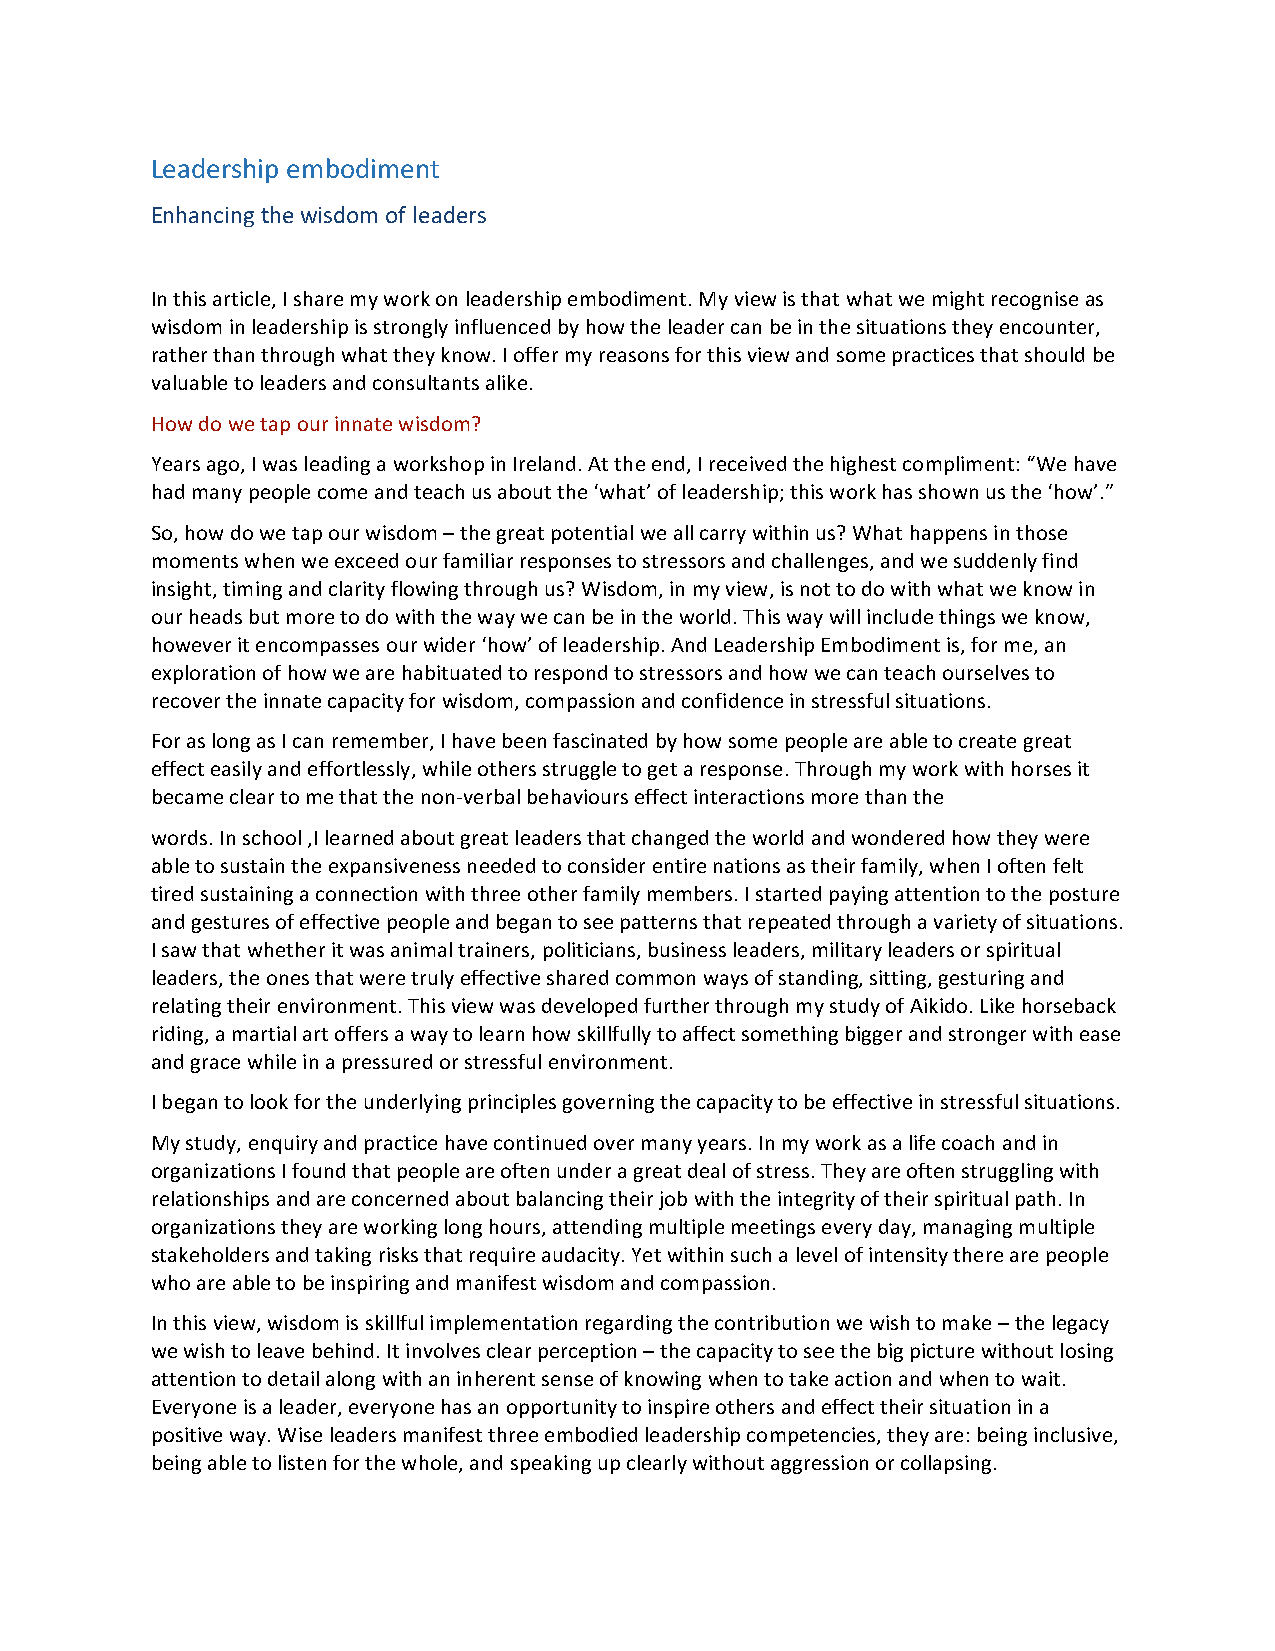
Leadership embodiment
 Enhancing the wisdom of leaders
 In this article, I share my work on leadership embodiment. My view is that what we might recognise as
 wisdom in leadership is strongly influenced by how the leader can be in the situations they encounter,
 rather than through what they know. I offer my reasons for this view and some practices that should be
 valuable to leaders and consultants alike.
 How do we tap our innate wisdom?
 Years ago, I was leading a workshop in Ireland. At the end, I received the highest compliment: “We have
 had many people come and teach us about the ‘what’ of leadership; this work has shown us the ‘how’.”
 So, how do we tap our wisdom – the great potential we all carry within us? What happens in those
 moments when we exceed our familiar responses to stressors and challenges, and we suddenly find
 insight, timing and clarity flowing through us? Wisdom, in my view, is not to do with what we know in
 our heads but more to do with the way we can be in the world. This way will include things we know,
 however it encompasses our wider ‘how’ of leadership. And Leadership Embodiment is, for me, an
 exploration of how we are habituated to respond to stressors and how we can teach ourselves to
 recover the innate capacity for wisdom, compassion and confidence in stressful situations.
 For as long as I can remember, I have been fascinated by how some people are able to create great
 effect easily and effortlessly, while others struggle to get a response. Through my work with horses it
 became clear to me that the non-verbal behaviours effect interactions more than the
 words. In school ,I learned about great leaders that changed the world and wondered how they were
 able to sustain the expansiveness needed to consider entire nations as their family, when I often felt
 tired sustaining a connection with three other family members. I started paying attention to the posture
 and gestures of effective people and began to see patterns that repeated through a variety of situations.
 I saw that whether it was animal trainers, politicians, business leaders, military leaders or spiritual
 leaders, the ones that were truly effective shared common ways of standing, sitting, gesturing and
 relating their environment. This view was developed further through my study of Aikido. Like horseback
 riding, a martial art offers a way to learn how skillfully to affect something bigger and stronger with ease
 and grace while in a pressured or stressful environment.
 I began to look for the underlying principles governing the capacity to be effective in stressful situations.
 My study, enquiry and practice have continued over many years. In my work as a life coach and in
 organizations I found that people are often under a great deal of stress. They are often struggling with
 relationships and are concerned about balancing their job with the integrity of their spiritual path. In
 organizations they are working long hours, attending multiple meetings every day, managing multiple
 stakeholders and taking risks that require audacity. Yet within such a level of intensity there are people
 who are able to be inspiring and manifest wisdom and compassion.
 In this view, wisdom is skillful implementation regarding the contribution we wish to make – the legacy
 we wish to leave behind. It involves clear perception – the capacity to see the big picture without losing
 attention to detail along with an inherent sense of knowing when to take action and when to wait.
 Everyone is a leader, everyone has an opportunity to inspire others and effect their situation in a
 positive way. Wise leaders manifest three embodied leadership competencies, they are: being inclusive,
 being able to listen for the whole, and speaking up clearly without aggression or collapsing.